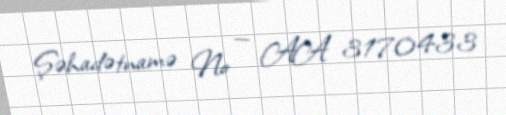
Şəhadətnamə № — AA 3170433